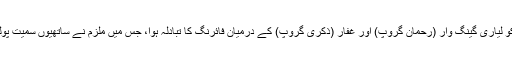
2 فروری 2008 کو لیاری گینگ وار (رحمان گروپ) اور غفار (ذکری گروپ) کے درمیان فائرنگ کا تبادلہ ہوا، جس میں ملزم نے ساتھیوں سمیت پولیس پر فائرنگ کی۔